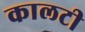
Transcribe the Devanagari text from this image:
कालटी